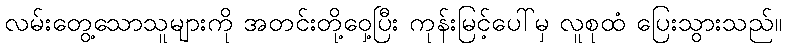
လမ်းတွေ့သောသူများကို အတင်းတို့ဝှေ့ပြီး ကုန်းမြင့်ပေါ်မှ လူစုထံ ပြေးသွားသည်။